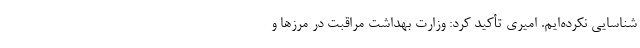
شناسایی نکرده‌ایم. امیری تأکید کرد: وزارت بهداشت مراقبت در مرزها و